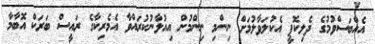
އެއްބަސްވުމުގެ ދެލިކޮޕީ އެކުލަވާލުމަށް ނިންމި ނިންމުން އިއުލާނުކުރައްވާ އެމެރިކާގެ ރައީސް ބަރަކް އޮބާމާ